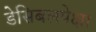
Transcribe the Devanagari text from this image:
डेसिबलपेक्षा